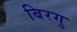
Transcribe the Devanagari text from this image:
बिरगु